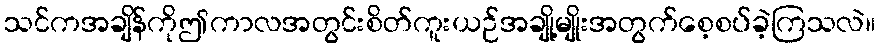
သင်ကအချိန်ကိုဤကာလအတွင်းစိတ်ကူးယဉ်အချို့မျိုးအတွက်စေ့စပ်ခဲ့ကြသလဲ။